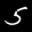
Label: 5